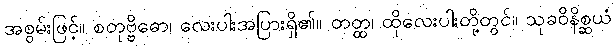
အစွမ်းဖြင့်။ စတုဗ္ဗိဓော၊ လေးပါးအပြားရှိ၏။ တတ္ထ၊ ထိုလေးပါးတို့တွင်။ သုခဝိနိစ္ဆယံ